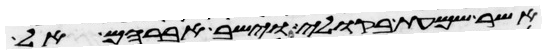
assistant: אשר שמעת בקולי וישב אברהם אל